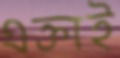
এক্তাই